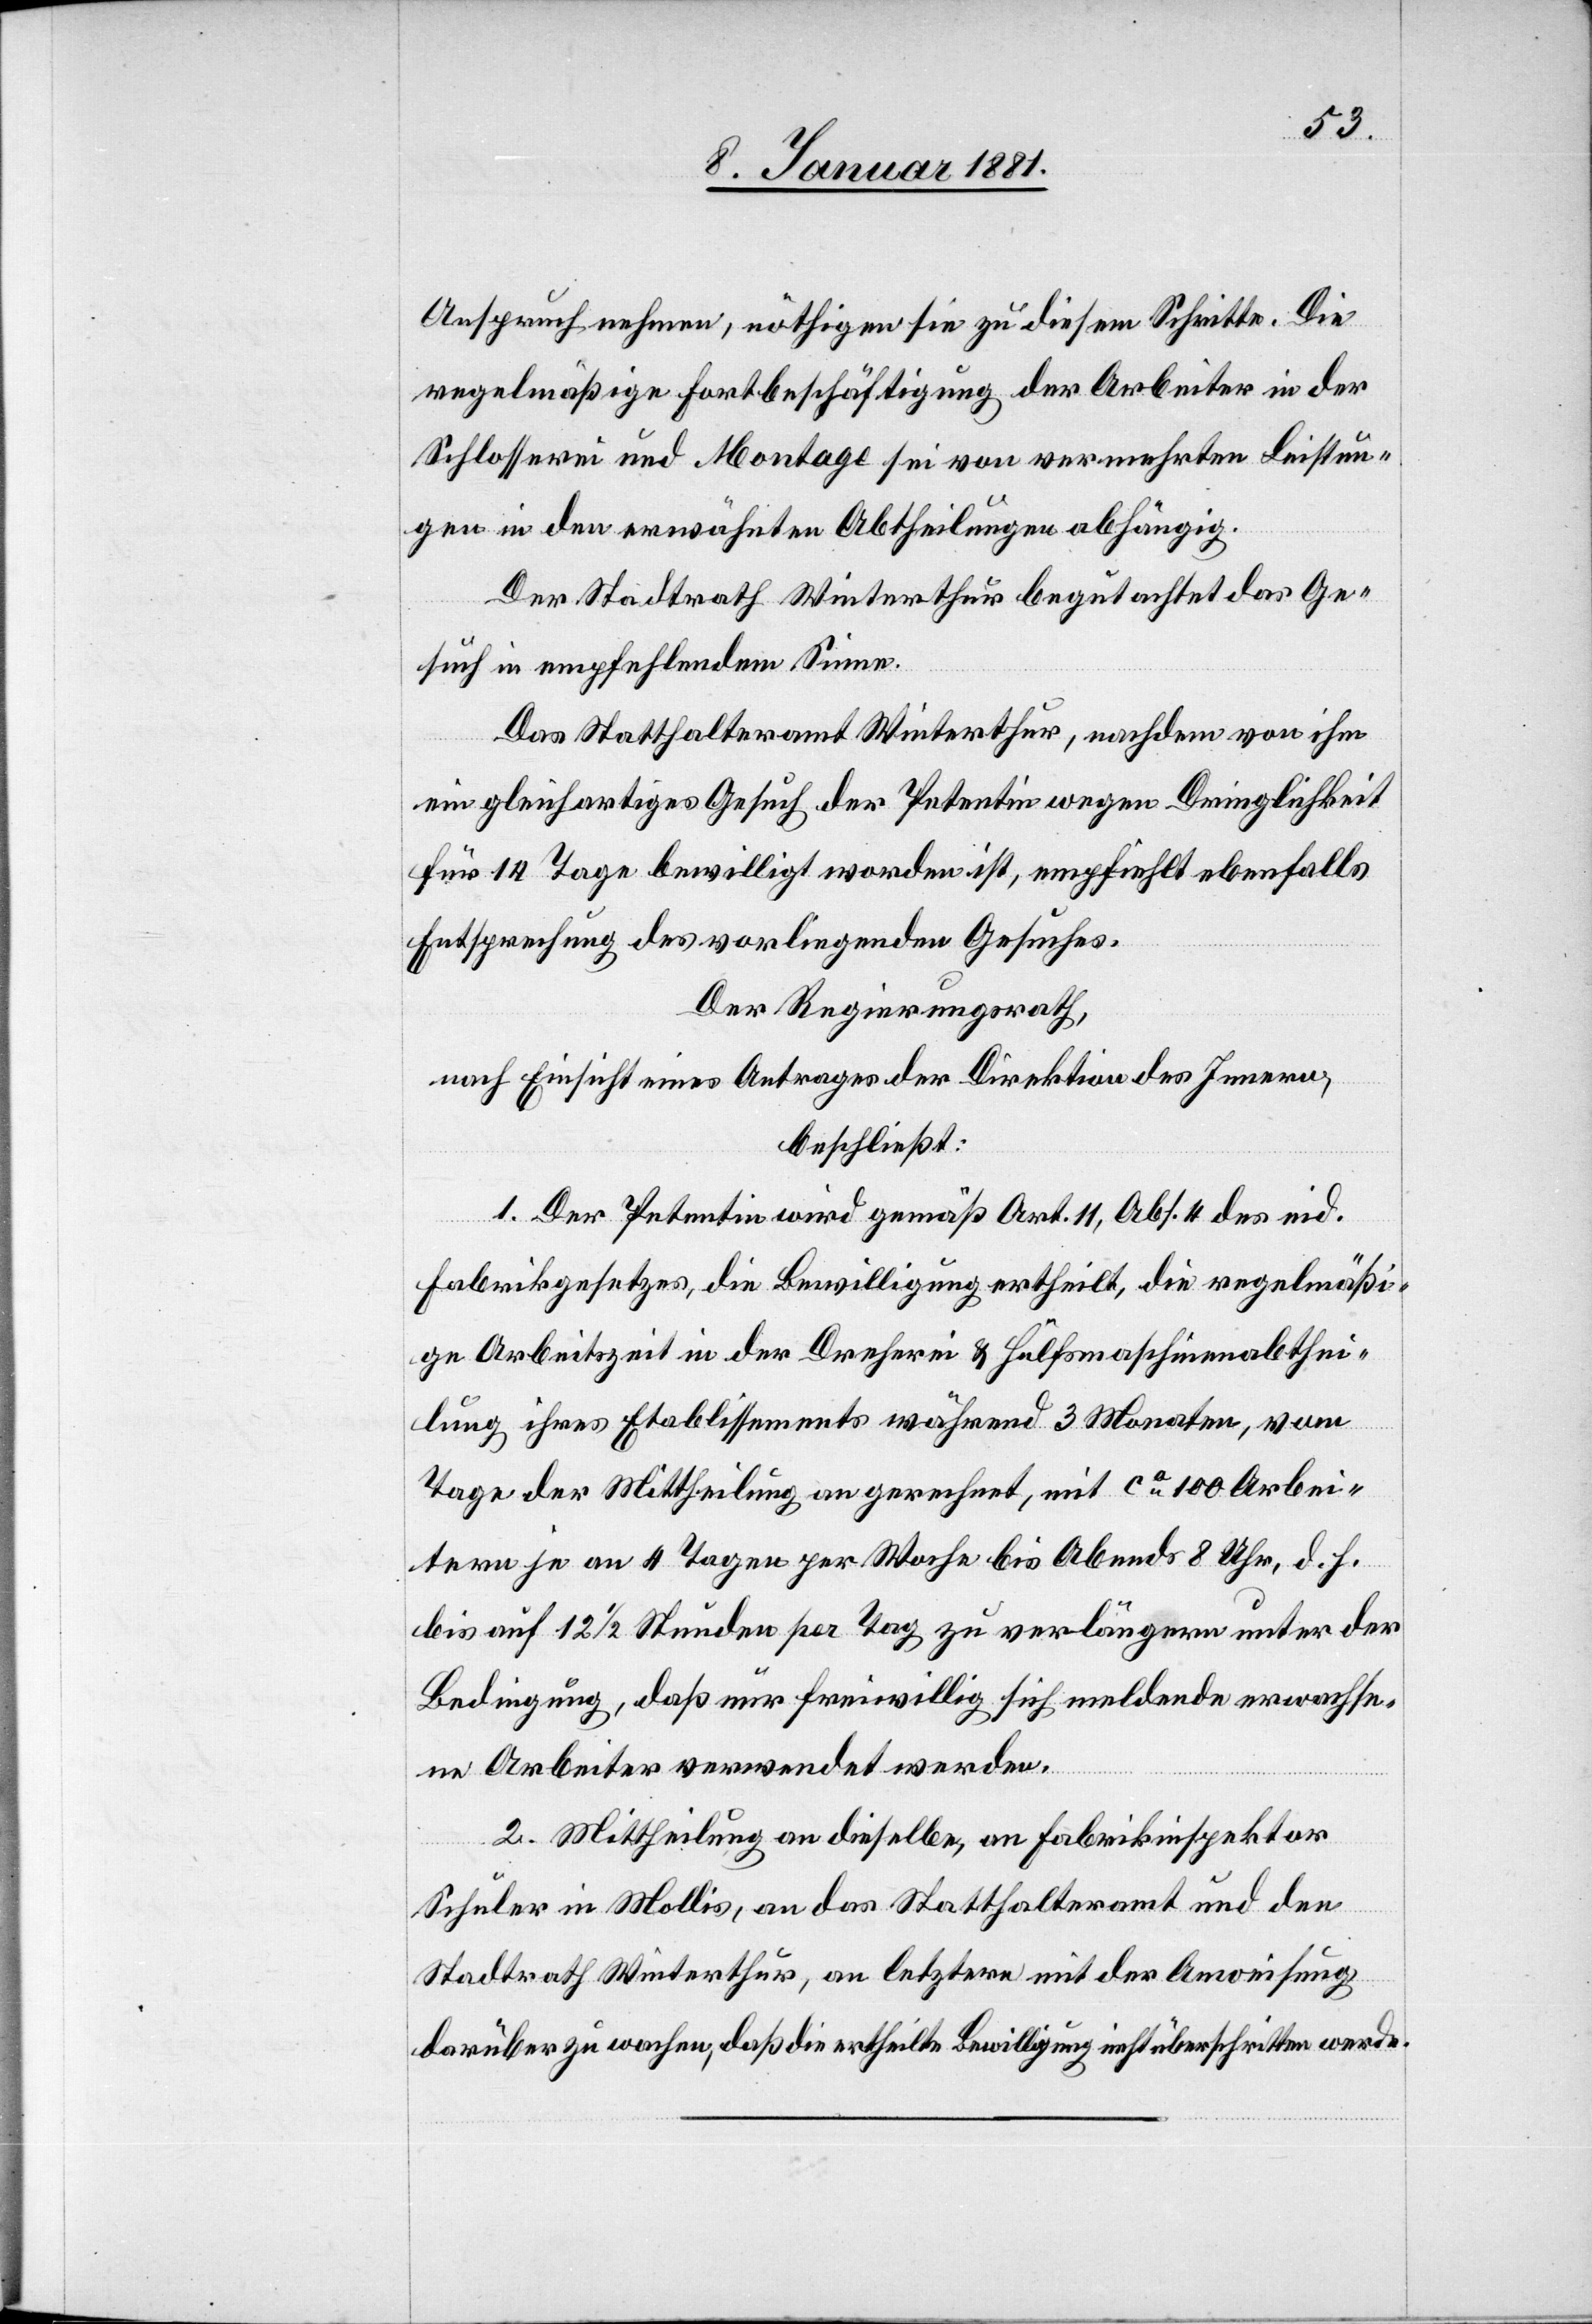
Anspruch nehmen, nöthigen sie zu diesem Schritte. Die
regelmäßige Fortbeschäftigung der Arbeiter in der
Schlosserei und Montage sei von vermehrten Leistun¬
gen in den erwähnten Abtheilungen abhängig.
Der Stadtrath Winterthur begutachtet das Ge¬
such in empfehlendem Sinne.
Das Statthalteramt Winterthur, nachdem von ihm
ein gleichartiges Gesuch der Petentin wegen Dringlichkeit
für 14 Tage bewilligt worden ist, empfiehlt ebenfalls
Entsprechung des vorliegenden Gesuches.
Der Regierungsrath,
nach Einsicht eines Antrages der Direktion des Innern,
beschließt:
1. Der Petentin wird gemäß Art. 11, Abs. 4 des eid.
Fabrikgesetzes, die Bewilligung ertheilt, die regelmäßi¬
ge Arbeitszeit in der Dreherei & Hülfsmaschinenabthei¬
lung ihres Etablissements während 3 Monaten, vom
Tage der Mittheilung an gerechnet, mit ca 100 Arbei¬
tern je an 4 Tagen per Woche bis Abends 8 Uhr, d. h.
bis auf 12 1/2 Stunden per Tag zu verlängern unter der
Bedingung, daß nur freiwillig sich meldende erwachse¬
ne Arbeiter verwendet werden.
2. Mittheilung an dieselbe, an Fabrikinspektor
Schuler in Mollis, an das Statthalteramt und den
Stadtrath Winterthur, an letztere mit der Anweisung
darüber zu wachen, daß die ertheilte Bewilligung nicht überschritten werde.